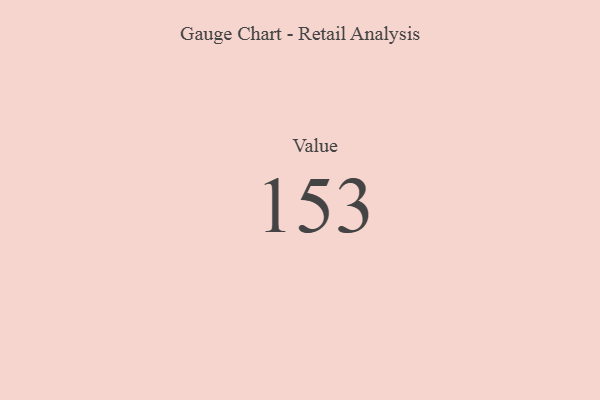
{"axis": {"x": "Metric", "y": "Value"}, "legend": [""], "data": [{"x": "Value", "y": 153, "type": ""}]}